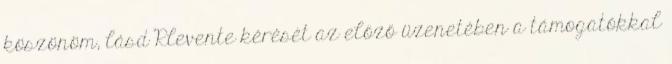
köszönöm, lásd Rlevente kérését az előző üzenetében a támogatókkal